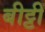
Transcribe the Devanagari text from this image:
बीट्टी